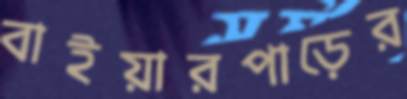
বাইয়ারপাড়ের